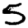
Digit: 5